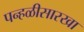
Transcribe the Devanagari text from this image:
पन्हळीसारखा